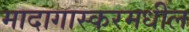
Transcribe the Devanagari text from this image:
मादागास्करमधील